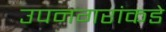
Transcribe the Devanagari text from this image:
उपनगरांकडे